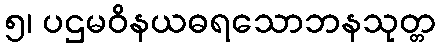
၅၊ ပဌမဝိနယဓရသောဘနသုတ္တ